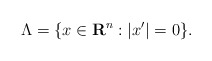
\begin{align*}\Lambda = \{x \in \mathbf{R}^n : |x'| = 0\}.\end{align*}